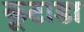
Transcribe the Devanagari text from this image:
कूटाडा